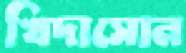
খিদাসোন